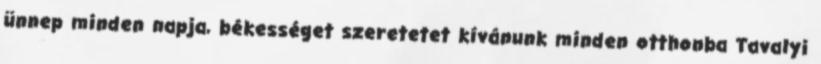
ünnep minden napja, békességet szeretetet kívánunk minden otthonba Tavalyi